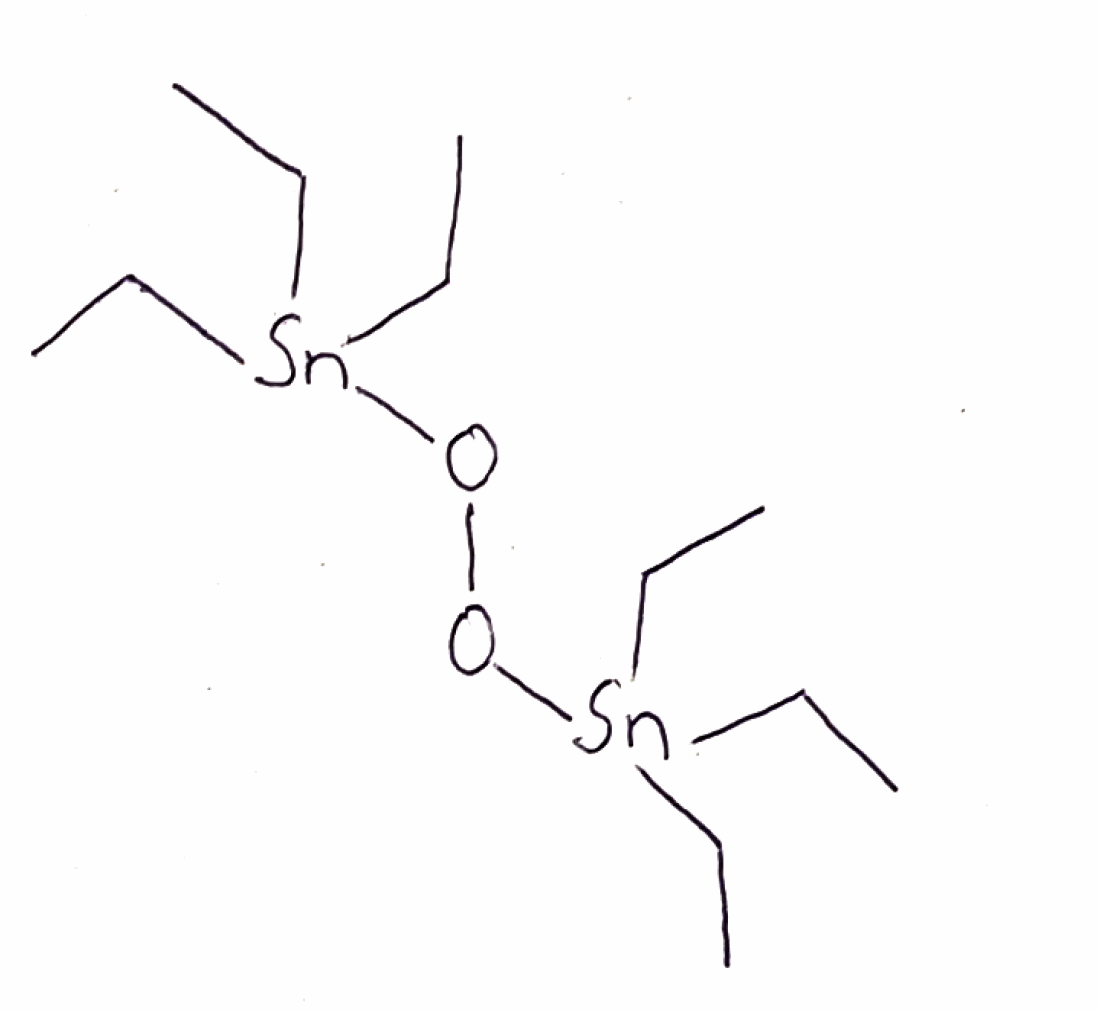
Simplified molecular-input line-entry system (SMILES) notation of the given molecule:
CC[Sn](CC)(CC)OO[Sn](CC)(CC)CC